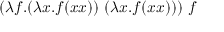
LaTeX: ( \lambda f . ( \lambda x . f ( x x ) ) \ ( \lambda x . f ( x x ) ) ) \ f